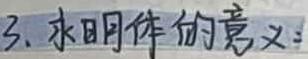
3. 永明体的意义：